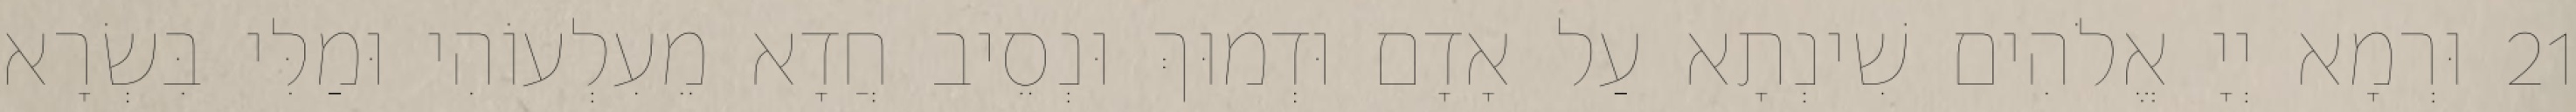
21 וּרְמָא יְיָ אֱלֹהִים שִׁינְתָא עַל אָדָם וּדְמוּךְ וּנְסֵיב חֲדָא מֵעִלְעוֹהִי וּמַלִּי בִּשְׂרָא